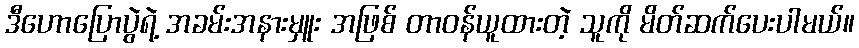
ဒီဟောပြောပွဲရဲ့ အခမ်းအနားမှူး အဖြစ် တာဝန်ယူထားတဲ့ သူကို မိတ်ဆက်ပေးပါမယ်။